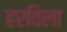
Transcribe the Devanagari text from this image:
हरविला